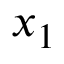
x _ { 1 }